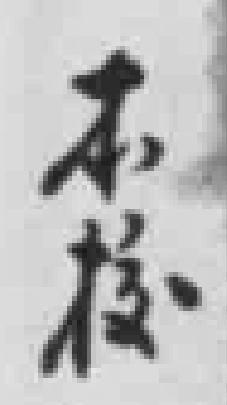
本校